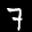
Label: 7